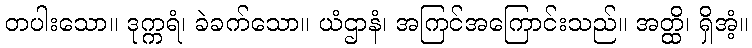
တပါးသော။ ဒုက္ကရံ၊ ခဲခက်သော။ ယံဌာနံ၊ အကြင်အကြောင်းသည်။ အတ္ထိ၊ ရှိအံ့။